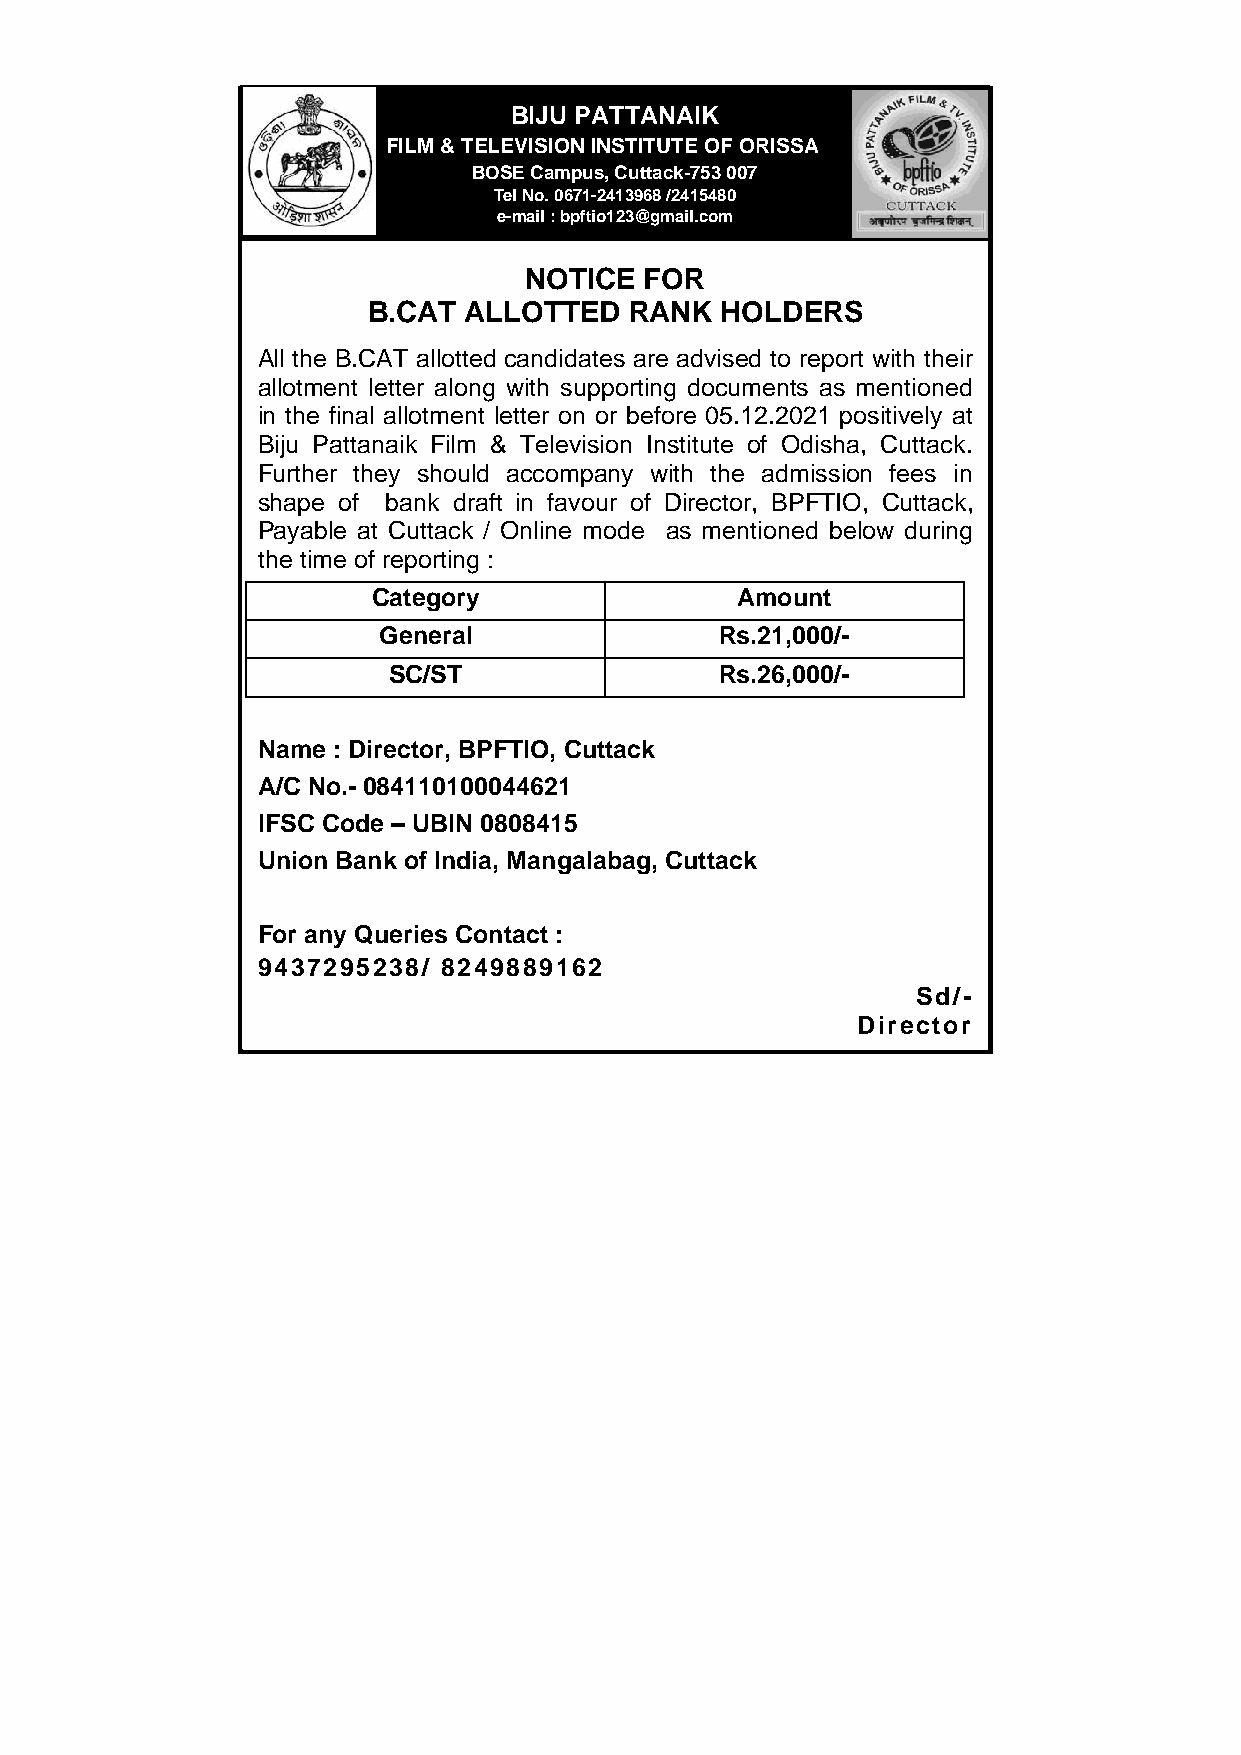
BBIIJJUU P PAATT TTAANNAAIIKK
 FILM & TEL
 F EI VL ISM
 IO
 &
 N
 T INE SL TE ITV UI TS EI O ON
 F O RISSA
 BOSE Campus, Cuttack-753 007
 Tel No. 0671-24 13968 /2415480
 e-mail : bpftio1 23@gmail.com
 NOTIC E FOR
 B.CAT  ALLOTTED   RANK  HOLDERS
 All the B.CAT allotted candidates are advised to report with their
 allotment letter along with supporting documents as mentioned
 in the final allotment letter on or before 05.12.2021 positively at
 Biju Pattanaik Film & Television Institute of Odisha, Cuttack.
 Further they should accompany with the admission fees in
 shape of bank draft in favour of Director, BPFTIO, Cuttack,
 Payable at Cuttack / Online mode as mentioned below during
 the time of reporting :
 Category                Amount
 General                Rs.21,000/-
 SC/ST                 Rs.26,000/-
 Name : Director, BPFTIO, Cuttack
 A/C No.- 084110100044621
 IFSC Code – UBIN 0808415
 Union Bank of India, Mangalabag, Cuttack
 For any Queries Contact :
 9437295238/ 8249889162
 Sd/-
 Director